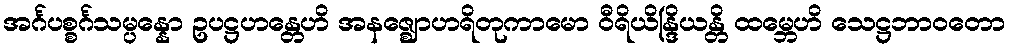
အင်္ဂပစ္စင်္ဂသမ္ပန္နော ဥပဋ္ဌဟန္တေဟိ အနဇ္ဈောဟရိတုကာမော ဝီရိယိန္ဒြိယန္တိ ထမ္ဘေဟိ သေဋ္ဌဘာဝတော